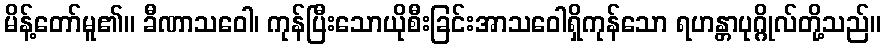
မိန့်တော်မူ၏။ ခီဏာသဝေါ၊ ကုန်ပြီးသောယိုစီးခြင်းအာသဝေါရှိကုန်သော ရဟန္တာပုဂ္ဂိုလ်တို့သည်။